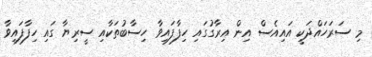
މި ސަރަހައްދަކީ އައިއެސް އިން އިރާގުގައި ހިފާފައިވާ ހިސާބުތަކާއި ސީރިޔާ ގައި ހިފާފައިވާ